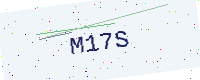
Text: M17S